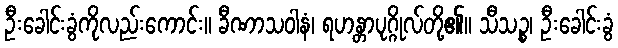
ဦးခေါင်းခွံကိုလည်းကောင်း။ ခီဏာသဝါနံ၊ ရဟန္တာပုဂ္ဂိုလ်တို့၏။ သီသဉ္စ၊ ဦးခေါင်းခွံ